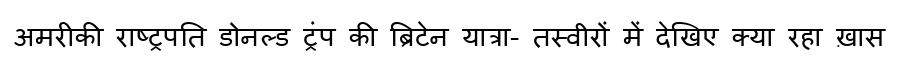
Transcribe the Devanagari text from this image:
अमरीकी राष्ट्रपति डोनल्ड ट्रंप की ब्रिटेन यात्रा- तस्वीरों में देखिए क्या रहा ख़ास